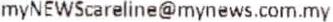
MYNEWSCARELINE@MYNEWS.COM.MY